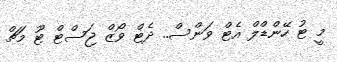
މީ ޓު ހޭންޑްލް އެޓް ވަންސް.. ދެޓް ވޯޒް ޖަސްޓް ޓޫ މަޗް